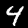
Label: 4